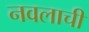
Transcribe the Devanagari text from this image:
नवलाची